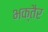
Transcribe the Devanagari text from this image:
भक्तैर